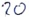
Text: 20